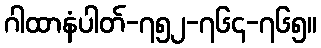
ဂါထာနံပါတ်-၇၅၂-၇၆၄-၇၆၅။